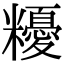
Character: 𥽟